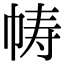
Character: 帱